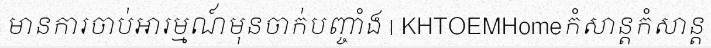
មានការចាប់អារម្មណ៍មុនចាក់បញ្ចាំង | KHTOEMHomeកំសាន្តកំសាន្ត